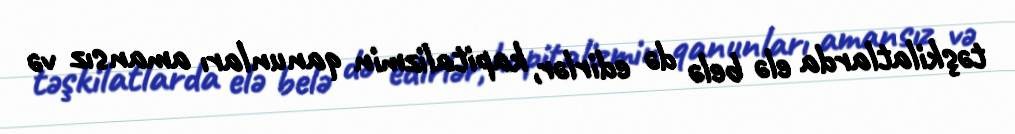
təşkilatlarda elə belə də edirlər, kapitalizmin qanunları amansız və